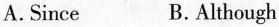
A. Since B. Although